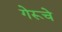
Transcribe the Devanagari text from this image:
गेरूचे